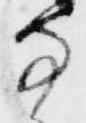
寺